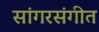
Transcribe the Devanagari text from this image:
सांगरसंगीत